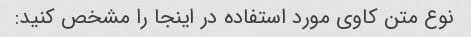
نوع متن کاوی مورد استفاده در اینجا را مشخص کنید: